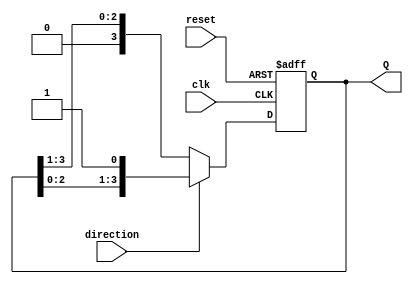
module async_shift_counter (
    input wire clk,               // Clock signal
    input wire reset,             // Asynchronous reset signal
    input wire direction,         // Control signal: 1 for increment, 0 for decrement
    output reg [N-1:0] Q          // Counter output (N-bit wide)
);
    parameter N = 4;              // Define the width of the counter (number of bits)

    // Asynchronous reset and shift logic
    always @(posedge clk or posedge reset) begin
        if (reset) begin
            Q <= 0;               // Reset counter to 0
        end else begin
            if (direction) begin
                Q <= {Q[N-2:0], 1'b1}; // Shift left and set LSB to 1 (increment)
            end else begin
                Q <= {1'b0, Q[N-1:1]}; // Shift right and set MSB to 0 (decrement)
            end
        end
    end
endmodule